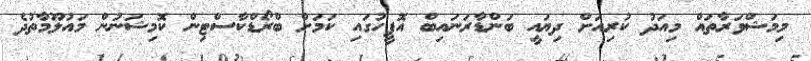
މިމަޝްވަރާތައް މިއަދު ކުރިއަށް ދިޔައީ ބަންޑާރަނައިބް އޮފީހުގައި ކަމަށް ބްރޯޑްކާސްޓިން ކޮމިޝަނުން މައުލޫމާތުދެ